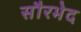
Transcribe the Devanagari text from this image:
सौरभेद